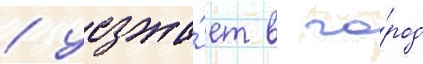
/ уезжа́ет в го́род